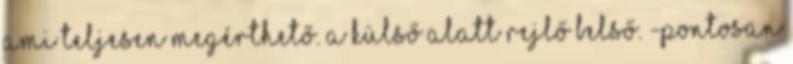
ami teljesen megérthető. A külső alatt rejlő belső. -Pontosan